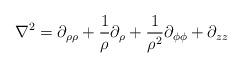
LaTeX: \begin{align*}\nabla^{2}=\partial_{\rho\rho}+\frac{1}{\rho}\partial_{\rho}+\frac{1}{\rho^{2}}\partial_{\phi\phi}+\partial_{zz}\end{align*}